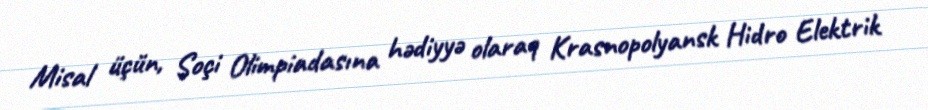
Misal üçün, Soçi Olimpiadasına hədiyyə olaraq Krasnopolyansk Hidro Elektrik